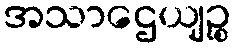
အသာဌေယျဉ္စ